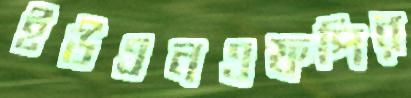
ইউএনএফপির